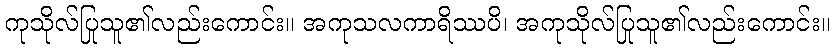
ကုသိုလ်ပြုသူ၏လည်းကောင်း။ အကုသလကာရိဿပိ၊ အကုသိုလ်ပြုသူ၏လည်းကောင်း။